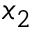
x _ { 2 }